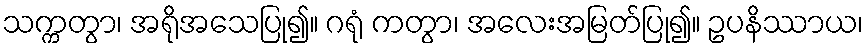
သက္ကတွာ၊ အရိုအသေပြု၍။ ဂရုံ ကတွာ၊ အလေးအမြတ်ပြု၍။ ဥပနိဿာယ၊